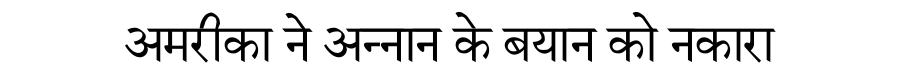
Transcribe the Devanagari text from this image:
अमरीका ने अन्नान के बयान को नकारा